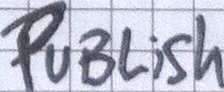
PuBLish